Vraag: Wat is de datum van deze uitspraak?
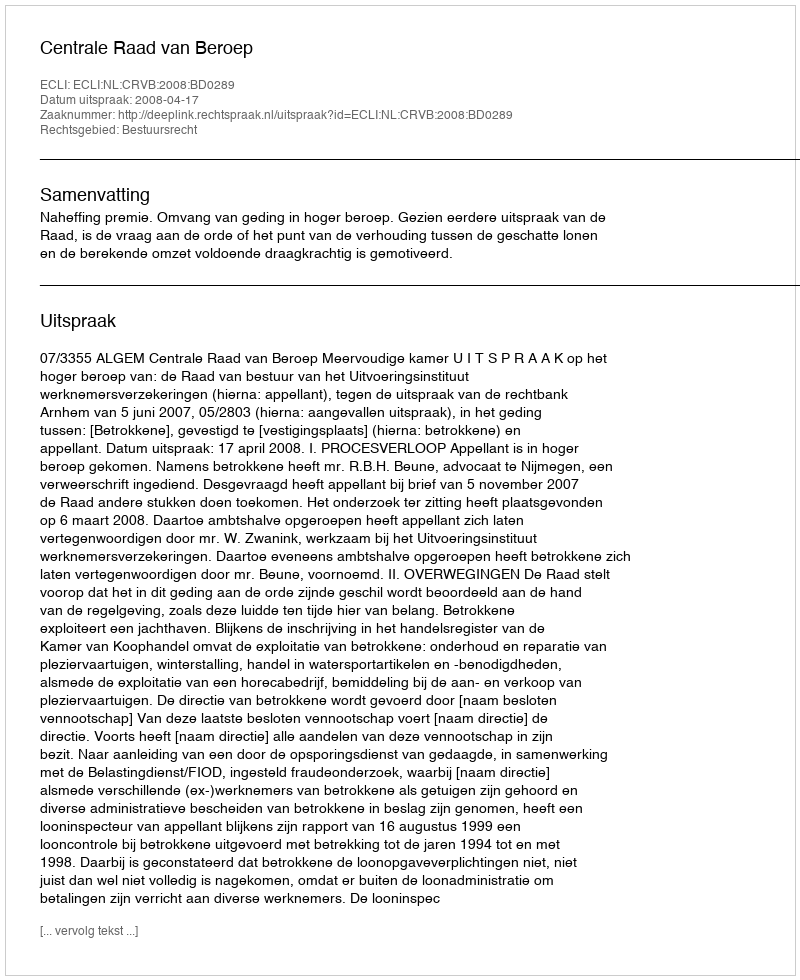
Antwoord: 2008-04-17